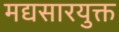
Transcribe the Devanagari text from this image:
मद्यसारयुक्त